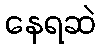
နေရဆဲ